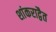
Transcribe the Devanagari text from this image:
शांकराद्वैत